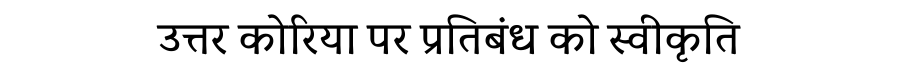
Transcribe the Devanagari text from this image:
उत्तर कोरिया पर प्रतिबंध को स्वीकृति